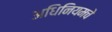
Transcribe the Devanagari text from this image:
अधिनियमचे